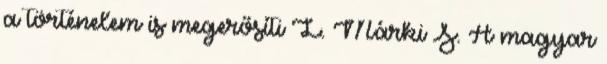
a történelem is megerősíti L. Márki S. A magyar